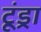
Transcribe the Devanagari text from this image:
टूंड्रा